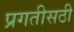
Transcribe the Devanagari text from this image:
प्रगतीसठी